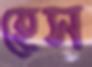
হেস